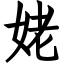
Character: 姥